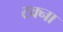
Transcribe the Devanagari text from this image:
टक्ना